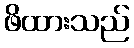
ဖိထားသည်